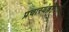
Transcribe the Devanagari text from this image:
प्रचारयंत्रणेतही